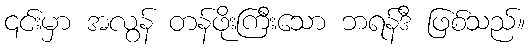
၎င်းမှာ အလွန် တန်ဖိုးကြီးသော ဘရန်ဒီ ဖြစ်သည်။